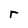
Character: r